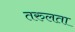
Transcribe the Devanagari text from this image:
तरुलता